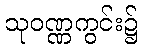
သုဝဏ္ဏကွင်း၌